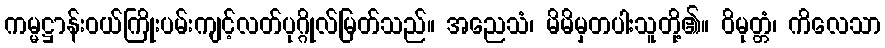
ကမ္မဋ္ဌာန်းဝယ်ကြိုးပမ်းကျင့်လတ်ပုဂ္ဂိုလ်မြတ်သည်။ အညေသံ၊ မိမိမှတပါးသူတို့၏။ ဝိမုတ္တံ၊ ကိလေသာ